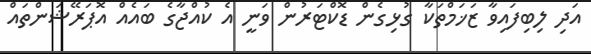
އަދި ލިބިފައިވާ ޒަޚަމްތަކާ ގުޅިގެން ޑޮކްޓަރުން ވަނީ އެ ކުއްޖާގެ ބައެއް އޮޕަރޭޝަންތައް